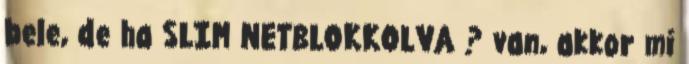
bele, de ha SLIM NETBLOKKOLVA ? van, akkor mi